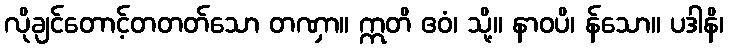
လိုချင်တောင့်တတတ်သော တဏှာ။ ဣတိ ဧဝံ၊ သို့။ နာဝပိ၊ န်သော။ ပဒါနိ၊